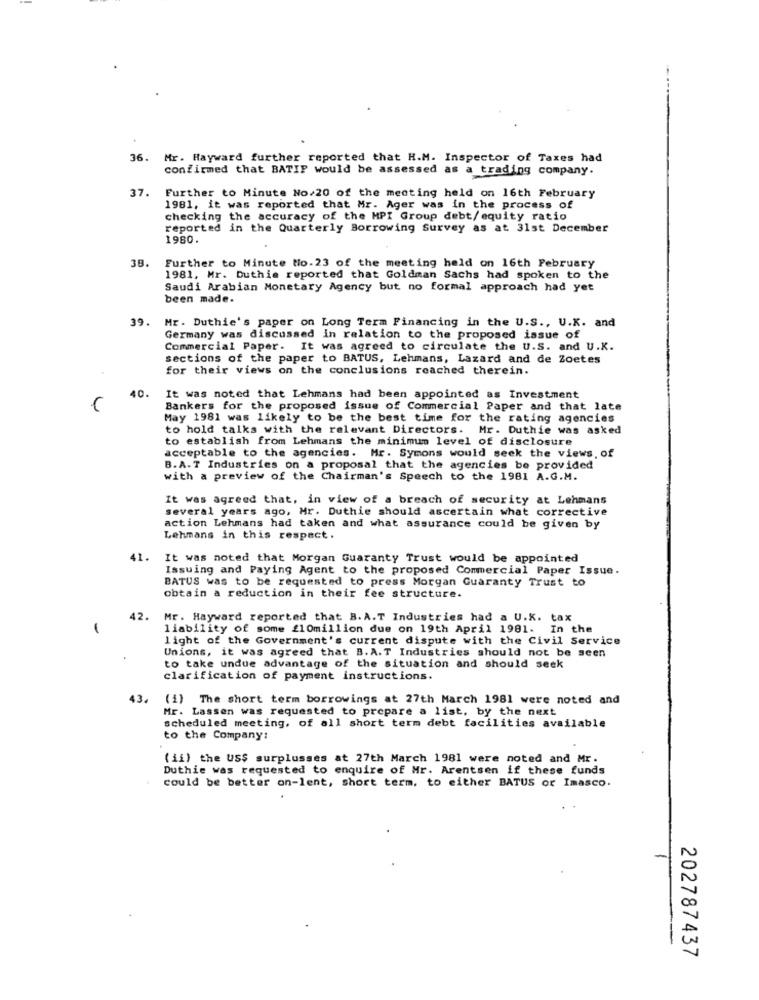
36.
Mr. Hayward further reported that H.M. Inspector of Taxes had
confirmed that BATIF would be assessed as a trading company.
37.
Further to Minute No.20 of the meeting held on 16th February
1981, it was reported that Mr. Ager was in the process of
checking the accuracy of the MPI Group debt/equity ratio
reported in the Quarterly Borrowing Survey as at 31st December
1980.
38.
Further to Minute to.23 of the meeting held on 16th February
1981, Mr. Duthie reported that Goldman Sachs had spoken to the
Saudi Arabian Monetary Agency but no formal approach had yet
been made.
39. Mr. Duthie's paper on Long Term Financing in the U.S ., U.K. and
Germany was discussed in relation to the proposed issue of
Commercial Paper. It was agreed to circulate the U.S. and U.K.
sections of the paper to BATUS, Lehmans, Lazard and de Zoetes
for their views on the conclusions reached therein.
40.
It was noted that Lehmans had been appointed as Investment
Bankers for the proposed issue of Commercial Paper and that late
May 1981 was likely to be the best time for the rating agencies
to hold talks with the relevant Directors. Mr. Duthie was asked
to establish from Lehmans the minimum level of disclosure
acceptable to the agencies. Mr. Symons would seek the views, of
B.A.T Industries on a proposal that the agencies be provided
with a preview of the Chairman's Speech to the 1981 A.G.M.
It was agreed that, in view of a breach of security at Lehmans
several years ago, Mr. Duthie should ascertain what corrective
action Lehmans had taken and what assurance could be given by
Lehmans in this respect.
41.
It was noted that Morgan Guaranty Trust would be appointed
Issuing and Paying Agent to the proposed Commercial Paper Issue.
BATUS was to be requested to press Morgan Guaranty Trust to
obtain a reduction in their fee structure.
42.
Mr. Hayward reported that B. A.T. Industries had a U.K. tax
liability of some f10million due on 19th April 1981. In the
light of the Government's current dispute with the Civil Service
Unions, it was agreed that B. A.T Industries should not be seen
to take undue advantage of the situation and should seek
clarification of payment instructions.
43.
(i) The short term borrowings at 27th March 1981 were noted and
Mr. Lassen was requested to prepare a list, by the next
scheduled meeting, of all short term debt facilities available
to the Company:
(ii) the US$ surplusses at 27th March 1981 were noted and Mr.
Duthie was requested to enquire of Mr. Arentsen if these funds
could be better on-lent, short term. to either BATUS or Imasco.
202787437